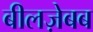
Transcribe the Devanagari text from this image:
बीलज़ेबब